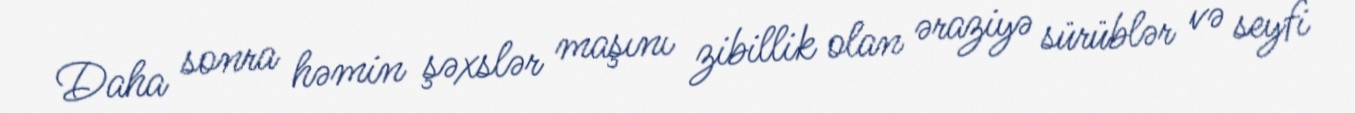
Daha sonra həmin şəxslər maşını zibillik olan əraziyə sürüblər və seyfi